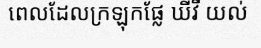
ពេលដែលក្រឡុកផ្លែ ឃីវី យល់